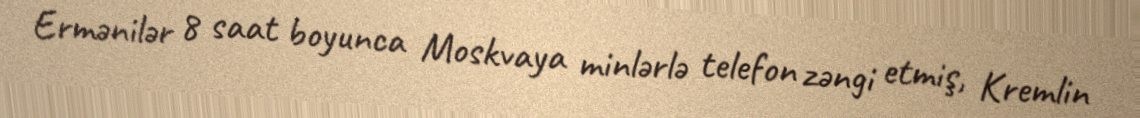
Ermənilər 8 saat boyunca Moskvaya minlərlə telefon zəngi etmiş, Kremlin